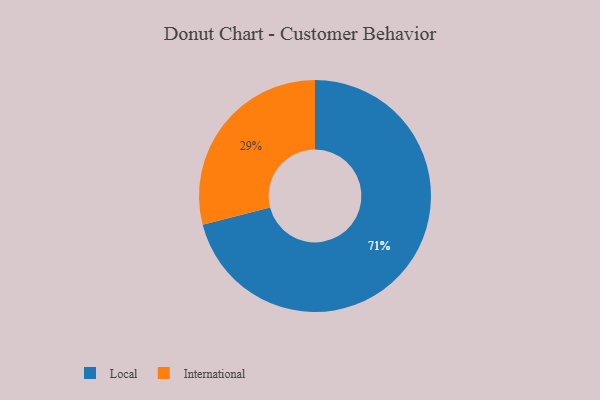
{"axis": {"x": "Category", "y": "Percentage"}, "legend": ["International", "Local"], "data": [{"x": "Local", "y": 71, "type": "Local"}, {"x": "International", "y": 29, "type": "International"}]}